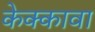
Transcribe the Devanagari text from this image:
केक्कावा